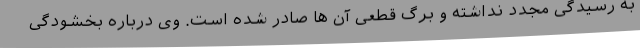
به رسیدگی مجدد نداشته و برگ قطعی آن ها صادر شده است. وی درباره بخشودگی